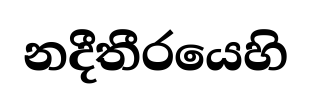
නදීතීරයෙහි